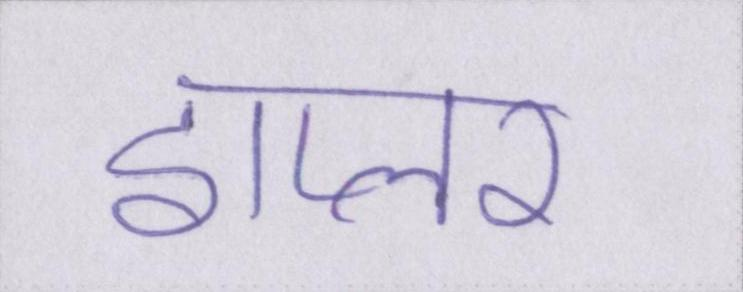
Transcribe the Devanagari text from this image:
डाप्लर